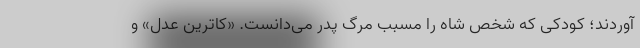
آوردند؛ کودکی که شخص شاه را مسبب مرگ پدر می‌دانست. «کاترین عدل» و